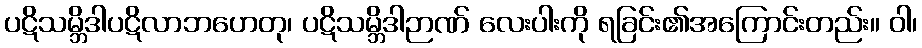
ပဋိသမ္ဘိဒါပဋိလာဘဟေတု၊ ပဋိသမ္ဘိဒါဉာဏ် လေးပါးကို ရခြင်း၏အကြောင်းတည်း။ ဝါ၊